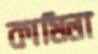
কামিলা